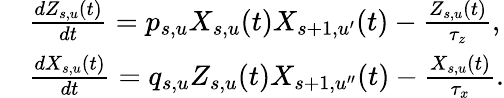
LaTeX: \begin{array}{rl}&{\frac{dZ_{s,u}(t)}{dt}=p_{s,u}X_{s,u}(t)X_{s+1,u^{\prime}}(t)-\frac{Z_{s,u}(t)}{\tau_{z}},}\\ &{\frac{dX_{s,u}(t)}{dt}=q_{s,u}Z_{s,u}(t)X_{s+1,u^{\prime\prime}}(t)-\frac{X_{s,u}(t)}{\tau_{x}}.}\end{array}